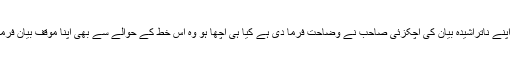
جہاں اپنے ناتراشیدہ بیان کی اچکزئی صاحب نے وضاحت فرما دی ہے کیا ہی اچھا ہو وہ اس خط کے حوالے سے بھی اپنا موقف بیان فرما دیں۔